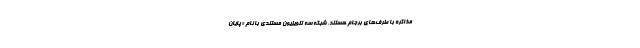
مذاکره با طرف‌های برجام هستند، شبکه سه تلویزیون مستندی با نام «پایان